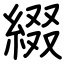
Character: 綴